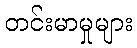
တင်းမာမှုများ